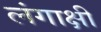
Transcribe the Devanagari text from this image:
लंगाक्षी